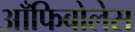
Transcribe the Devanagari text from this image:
आँफिबोलेस